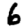
Digit: 6